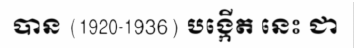
បាន (1920-1936) បង្កើត នេះ ជា